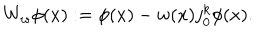
W _ { w } \phi ( x ) : = \phi ( x ) - w ( x ) j _ { 0 } ^ { k } \phi ( x ) .